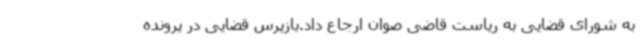
به شورای قضایی به ریاست قاضی صوان ارجاع داد.بازپرس قضایی در پرونده